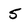
Character: 5